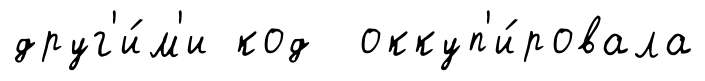
друг'и́м'и код оккуп'и́ровала